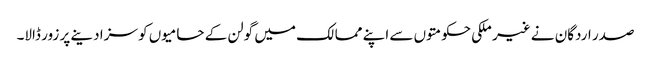
صدر اردگان نے غیر ملکی حکومتوں سے اپنے ممالک میں گولن کے حامیوں کو سزا دینے پر زور ڈالا۔